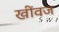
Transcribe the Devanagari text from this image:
खींवज